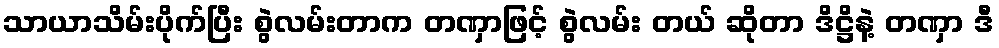
သာယာသိမ်းပိုက်ပြီး စွဲလမ်းတာက တဏှာဖြင့် စွဲလမ်း တယ် ဆိုတာ ဒိဋ္ဌိနဲ့ တဏှာ ဒီ